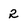
Character: 2